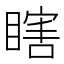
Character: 瞎